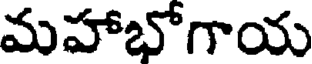
మహాభోగాయ